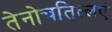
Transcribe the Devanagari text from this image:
तेनोचतित्लएं